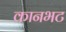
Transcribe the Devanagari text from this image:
कानभट